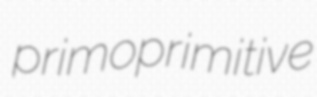
primoprimitive